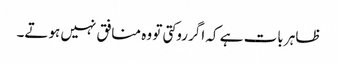
ظاہر بات ہے کہ اگر روکتی تو وہ منافق نہیں ہوتے۔